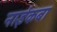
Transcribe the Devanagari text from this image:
नाईकबा